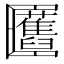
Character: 𠥬